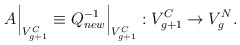
\begin{align*}A \Bigr|_{V_{g+1}^{C}} \equiv Q_{new}^{-1} \Bigr|_{V_{g+1}^{C}} : V_{g+1}^{C} \to V_g^N.\end{align*}